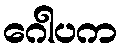
ဂေါပက